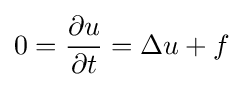
0={\frac {\partial u}{\partial t}}=\Delta u+f